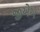
જીએએ